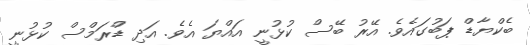
ބެކްޔާޑް ޕަބުގައެވެ. އޭރު ބޭސް ކުޅުނީ އައްޔަ އެވެ. އަދި ޑްރަމްސް ކުޅުނީ